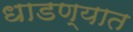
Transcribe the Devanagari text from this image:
धाडण्यात